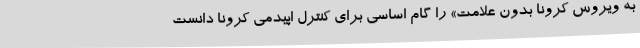
به ویروس کرونا بدون علامت» را گام اساسی برای کنترل اپیدمی کرونا دانست